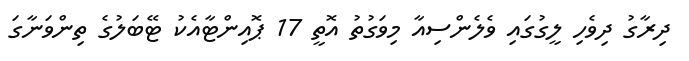
ދިރާގު ދިވެހި ލީގުގައި ވެލެންސިއާ މިވަގުތު އޮތީ 17 ޕޮއިންޓާއެކު ޓޭބަލުގެ ތިންވަނާގަ